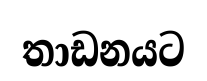
තාඩනයට